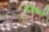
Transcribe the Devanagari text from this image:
नजीबपुर